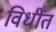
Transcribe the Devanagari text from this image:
विधींत